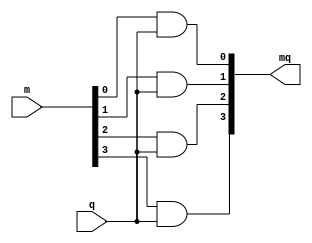
`timescale 1ns / 1ps
//////////////////////////////////////////////////////////////////////////////////
// Company: 
// Engineer: 
// 
// Design Name: 
// Module Name: mq_4bit
// Project Name: 
// Target Devices: 
// Tool Versions: 
// Description: 
// 
// Dependencies: 
// 
// Revision:
// Revision 0.01 - File Created
// Additional Comments:
// 
//////////////////////////////////////////////////////////////////////////////////


module mq_4bit(
    input [3:0] m,
    input q,
    output [3:0] mq
    );
    
    generate
        genvar i;
        
        for(i = 0; i < 4; i = i + 1)
        begin
            assign mq[i] = m[i] & q;
        end
    endgenerate
     
endmodule